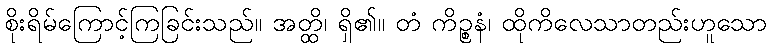
စိုးရိမ်ကြောင့်ကြခြင်းသည်။ အတ္ထိ၊ ရှိ၏။ တံ ကိဉ္စနံ၊ ထိုကိလေသာတည်းဟူသော